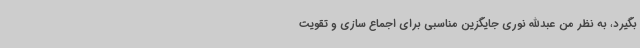
بگیرد، به نظر من عبدالله نوری جایگزین مناسبی برای اجماع سازی و تقویت